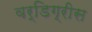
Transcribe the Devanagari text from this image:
वर्डिग्रीस